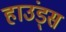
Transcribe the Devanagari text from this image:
हाउंड्स